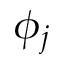
\phi _ { j }